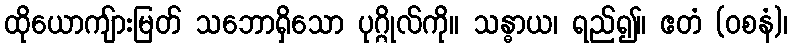
ထိုယောကျ်ားမြတ် သဘောရှိသော ပုဂ္ဂိုလ်ကို။ သန္ဓာယ၊ ရည်၍။ ဧတံ (ဝစနံ)၊